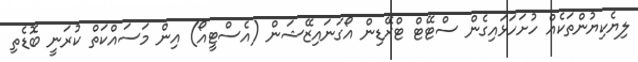
ލިޔެކިޔުންތަކެއް ހުށަހަޅައިގެން ސްޓޭޓް ޓްރޭޑިން އޯގަނައިޒޭޝަން (އެސްޓީއޯ) އިން މަސައްކަތް ކުރަނީ ބޮޑެތި